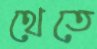
থেতে